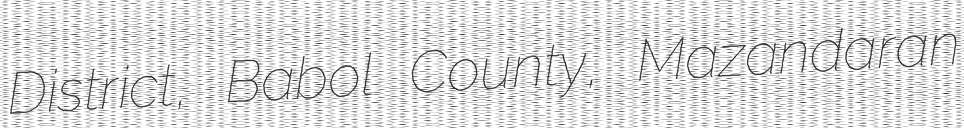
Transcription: District, Babol County, Mazandaran